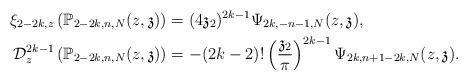
LaTeX: \begin{align*}\xi_{2-2k,z}\left(\mathbb{P}_{2-2k,n,N}(z,\mathfrak{z})\right)&=(4\mathfrak{z}_2)^{2k-1}\Psi_{2k,-n-1,N}(z,\mathfrak{z}),\\ \mathcal{D}_z^{2k-1}\left(\mathbb{P}_{2-2k,n,N}(z,\mathfrak{z})\right)&=-(2k-2)!\left(\frac{\mathfrak{z}_2}{\pi}\right)^{2k-1}\Psi_{2k,n+1-2k,N}(z,\mathfrak{z}).\end{align*}